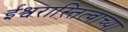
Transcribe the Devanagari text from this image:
ईश्वरास्तित्वाच्या